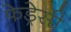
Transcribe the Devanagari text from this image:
फेड्रेसी